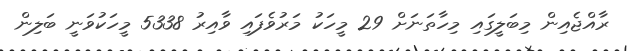
ރާއްޖެއިން މިބަލީގައި މިހާތަނަށް 29 މީހަކު މަރުވެފައި ވާއިރު 5338 މީހަކުވަނީ ބަލިން